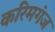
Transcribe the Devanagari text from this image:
करिमगंज